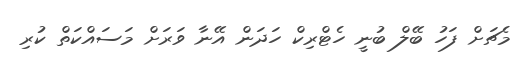
މެޗަށް ފަހު ބޭލް ބުނީ ހެޓްރިކް ހަދަން އޭނާ ވަރަށް މަސައްކަތް ކުރި